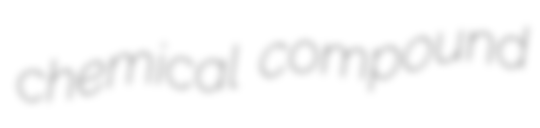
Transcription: chemical compound